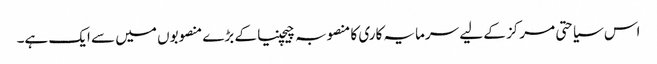
اس سیاحتی مرکز کے لیے سرمایہ کاری کا منصوبہ چیچنیا کے بڑے منصوبوں میں سے ایک ہے۔